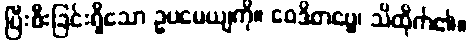
ပြီးစီးခြင်းရှိသော ဥပမေယျကို။ ဝေဒိတဗ္ဗေ၊ သိထိုက်၏။